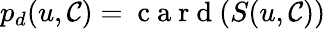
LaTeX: p_{d}(u,\mathcal{C})=\mathrm{~c~a~r~d~}(S(u,\mathcal{C}))